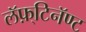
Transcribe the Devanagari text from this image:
लॅफ़्टिनॅण्ट